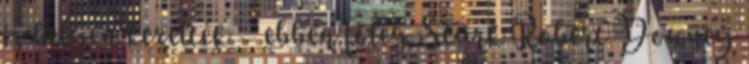
is helyén kezelték – ebben főleg Stark Robert Downey